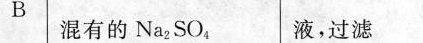
B 混有的NaSo_{4}液，过滤